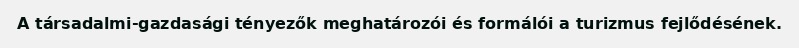
A társadalmi-gazdasági tényezők meghatározói és formálói a turizmus fejlődésének.